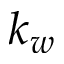
k _ { w }